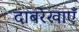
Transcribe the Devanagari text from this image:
दाबरेखाएँ